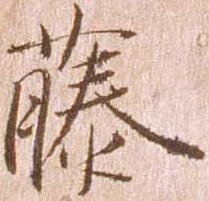
藤